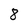
Character: 8